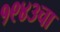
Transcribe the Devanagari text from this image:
१९४३चा